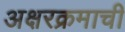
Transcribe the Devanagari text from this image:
अक्षरक्रमाची